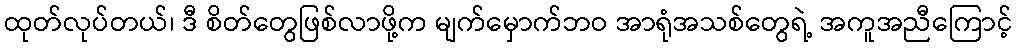
ထုတ်လုပ်တယ်၊ ဒီ စိတ်တွေဖြစ်လာဖို့က မျက်မှောက်ဘဝ အာရုံအသစ်တွေရဲ့ အကူအညီကြောင့်